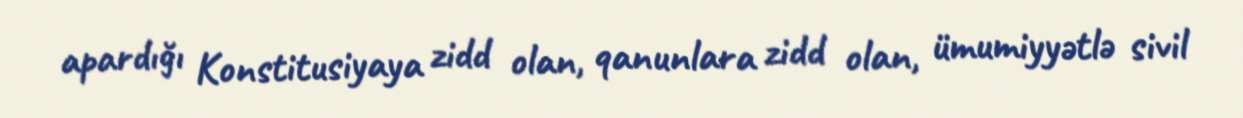
apardığı Konstitusiyaya zidd olan, qanunlara zidd olan, ümumiyyətlə sivil